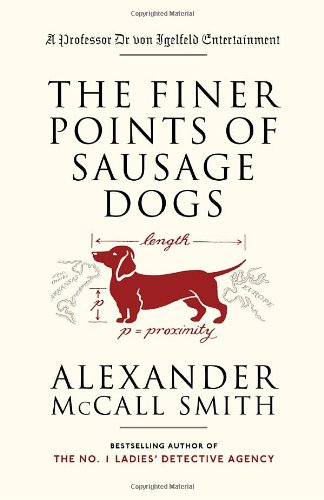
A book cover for The Finer Points of Sausage Dogs; Alexander McCall Smith; Literature & Fiction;